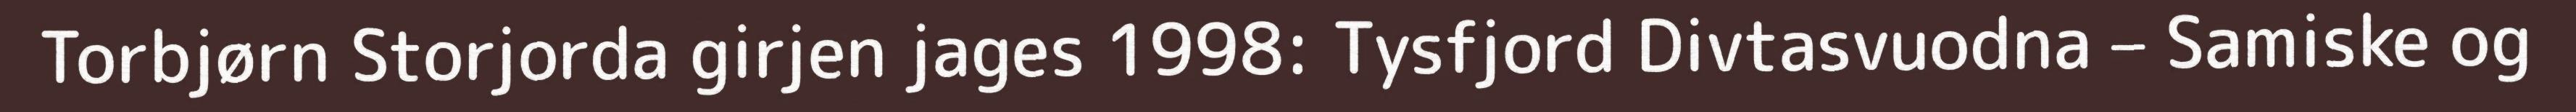
Torbjørn Storjorda girjen jages 1998: Tysfjord Divtasvuodna – Samiske og